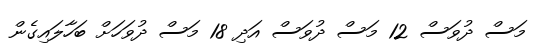
މަސް ދުވަސް 12 މަސް ދުވަސް އަދި 18 މަސް ދުވަހަށް ބަހާލައިގެން